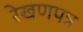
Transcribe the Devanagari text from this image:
रेखणपत्र